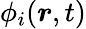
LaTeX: \phi_{i}(\boldsymbol{r},t)